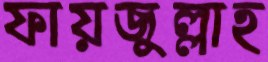
ফায়জুল্লাহ